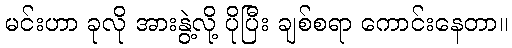
မင်းဟာ ခုလို အားနွဲ့လို့ ပိုပြီး ချစ်စရာ ကောင်းနေတာ။